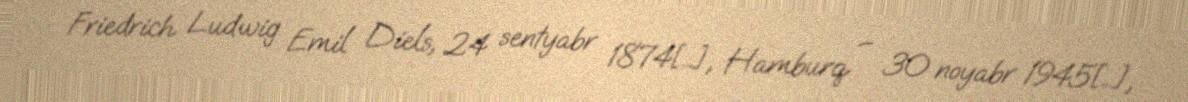
Friedrich Ludwig Emil Diels, 24 sentyabr 1874[…], Hamburq – 30 noyabr 1945[…],